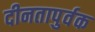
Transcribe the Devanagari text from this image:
दीनतापुर्वक